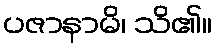
ပဇာနာမိ၊ သိ၏။